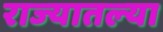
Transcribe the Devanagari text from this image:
राज्‍यातल्‍या